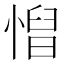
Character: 𢞦